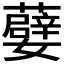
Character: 𭒯